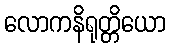
လောကနိရုတ္တိယော